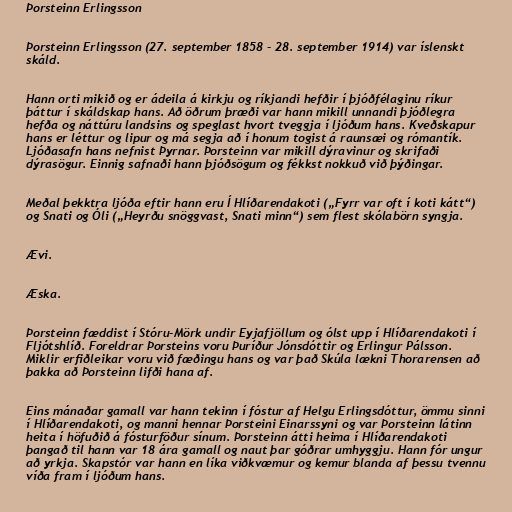
Þorsteinn Erlingsson

Þorsteinn Erlingsson (27. september 1858 - 28. september 1914) var íslenskt
skáld.

Hann orti mikið og er ádeila á kirkju og ríkjandi hefðir í þjóðfélaginu ríkur
þáttur í skáldskap hans. Að öðrum þræði var hann mikill unnandi þjóðlegra
hefða og náttúru landsins og speglast hvort tveggja í ljóðum hans. Kveðskapur
hans er léttur og lipur og má segja að í honum togist á raunsæi og rómantík.
Ljóðasafn hans nefnist Þyrnar. Þorsteinn var mikill dýravinur og skrifaði
dýrasögur. Einnig safnaði hann þjóðsögum og fékkst nokkuð við þýðingar.

Meðal þekktra ljóða eftir hann eru Í Hlíðarendakoti („Fyrr var oft í koti kátt“)
og Snati og Óli („Heyrðu snöggvast, Snati minn“) sem flest skólabörn syngja.

Ævi.

Æska.

Þorsteinn fæddist í Stóru-Mörk undir Eyjafjöllum og ólst upp í Hlíðarendakoti í
Fljótshlíð. Foreldrar Þorsteins voru Þuríður Jónsdóttir og Erlingur Pálsson.
Miklir erfiðleikar voru við fæðingu hans og var það Skúla lækni Thorarensen að
þakka að Þorsteinn lifði hana af.

Eins mánaðar gamall var hann tekinn í fóstur af Helgu Erlingsdóttur, ömmu sinni
í Hlíðarendakoti, og manni hennar Þorsteini Einarssyni og var Þorsteinn látinn
heita í höfuðið á fósturföður sínum. Þorsteinn átti heima í Hlíðarendakoti
þangað til hann var 18 ára gamall og naut þar góðrar umhyggju. Hann fór ungur
að yrkja. Skapstór var hann en líka viðkvæmur og kemur blanda af þessu tvennu
víða fram í ljóðum hans.